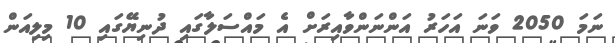
ނަމަ 2050 ވަނަ އަހަރު އަންނަންވާއިރަށް އެ މައްސަލާގައި ދުނިޔޭގައި 10 މިލިއަން